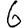
Digit: 6